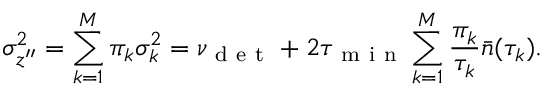
\sigma _ { z ^ { \prime \prime } } ^ { 2 } = \sum _ { k = 1 } ^ { M } \pi _ { k } \sigma _ { k } ^ { 2 } = \nu _ { \mathrm { ~ d ~ e ~ t ~ } } + 2 \tau _ { \mathrm { ~ m ~ i ~ n ~ } } \sum _ { k = 1 } ^ { M } \frac { \pi _ { k } } { \tau _ { k } } \bar { n } ( \tau _ { k } ) .